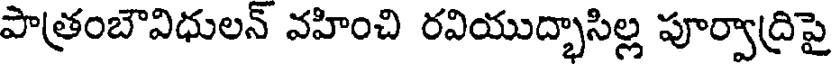
పాత్రంబౌవిధులన్ వహించి రవియుద్భాసిల్ల పూర్వాద్రిపై